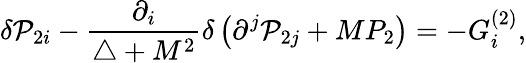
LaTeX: \delta{\cal P}_{2i}-\frac{\partial_{i}}{\triangle+M^{2}}\delta\left(\partial^{j}{\cal P}_{2j}+MP_{2}\right)=-G_{i}^{(2)},